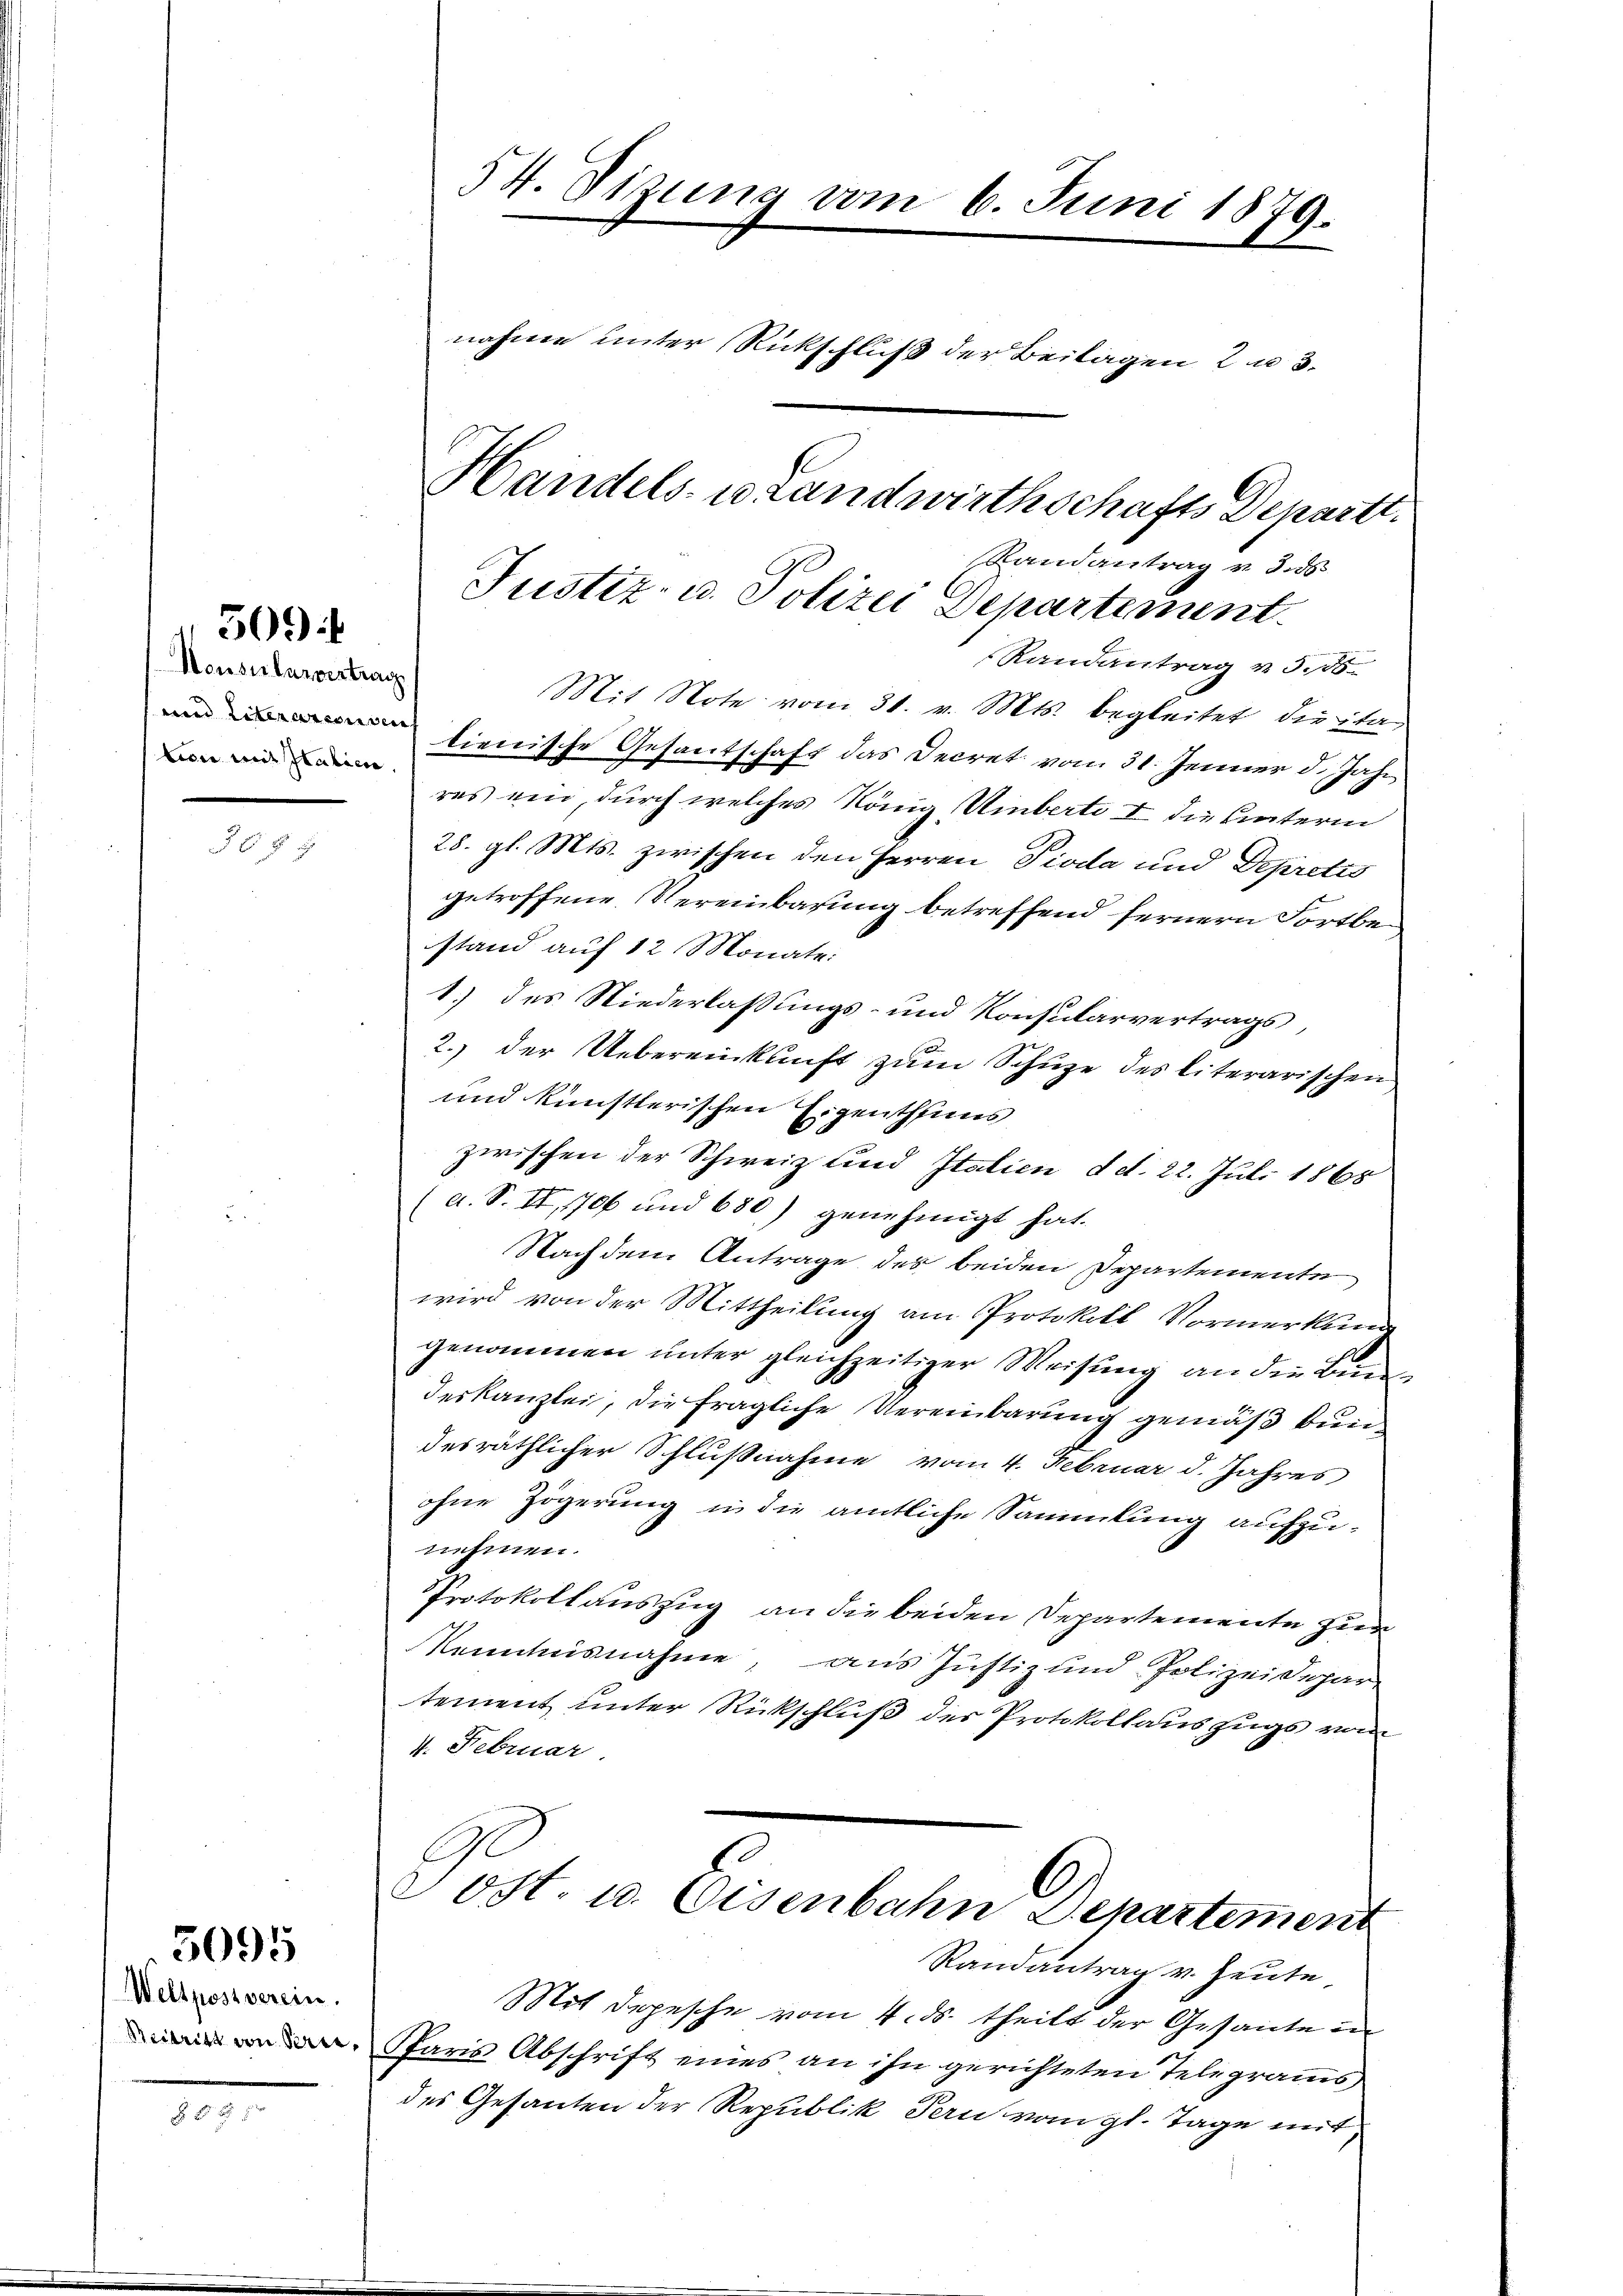
Honsularvertrag
tion mit Italien

509 f

30 § 1

Weltpostverein.
Beitritt von Serie

5095

§ 895

Mit Note vom 31. v. Mts. begleitet, die ita-
lienische Gesantschaft das Decret vom 31. Jenner d. Jahr
res ein, durch welches König Uiberte I die hinterin
28. gl. Mts. zwischen den Herren Pioda und Depretis
getroffene Vereinbarung betreffend fernern Fortbestand auf 12 Monate:
1.) des Niederlaßungs- und Konsularvertrags,
2.) der Uebereinkunft zum Schuze des literarischen
und künstlerischen Eigenthums
zwischen der Schweiz und Italien d. d. 22. Juli 1865
(a. S. II, 1706 und 680) genehmigt hat.
Nachdem Antrage des beiden Departemente
wird von der Mittheilung am Protokoll Vormerkung
genommen unter gleichzeitiger Weisung an die Bundeskanzlei, die fragliche Vereinbarung gemäß bundesräthlicher Schlußnahme vom 4. Februar d. Jahres
ohne Zögerung in die amtliche Sammlung aufzunehmen.
Protokollauszug an die beiden Departemente zur
Kenntnisnahme, aus Justiz und Polizeidepar
tement unter Rückschluß der Protokollauszugs vom
4. Februar

54. Sizung vom 6. Juni 1879.
nahme unter Rückschluß der Beilagen 2 u 3.
Handels- u. Landwirthschafts Departe.

Randantrag vnd
Justiz- u. Polizei Departement.
Randantrag v. 3.80

Randantrag v. Heute,
Mit Depesche vom 4. ds. theilt der Gesante in
Paris Abschrift eines an ihn gerichteten Telegramms
des Gesanten der Republik Bern vom gl. Tage mit

Post. u. Eisenbahn Departement